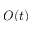
O ( t )